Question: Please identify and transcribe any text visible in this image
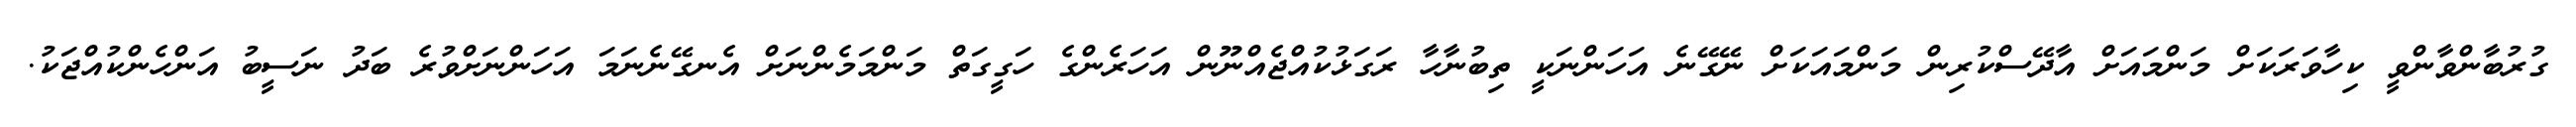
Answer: ގުރުބާންވާންވީ ކިހާވަރަކަށް މަންމައަށް އާދޭސްކުރިން މަންމައަކަށް ނޭގޭނެ އަހަންނަކީ ތިބުނާހާ ރަގަޅުކުއްޖެއްނޫން އަހަރެންގެ ހަގީގަތް މަންމަމެންނަށް އެނގޭނެނަމަ އަހަންނަށްވުރެ ބަދު ނަސީބު އަންހެންކުއްޖަކު.